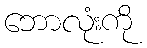
ဘောလုံးကို